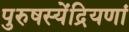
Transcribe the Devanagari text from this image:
पुरुषस्येंद्रियणां